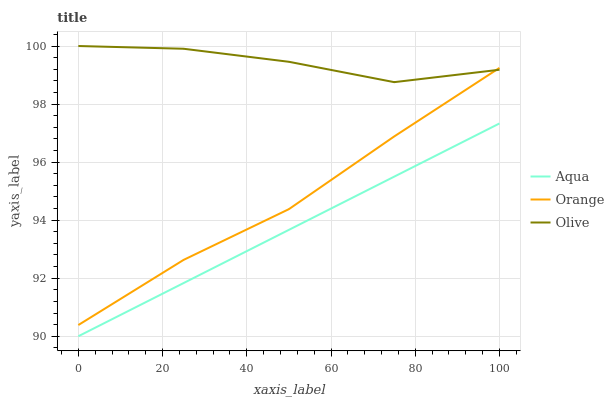
| xaxis_label | Aqua | Orange | Olive |
 | --- | --- | --- | --- |
 | 0 | 90 | 90.4 | 100 |
 | 25 | 91.8 | 92.6 | 99.9 |
 | 50 | 93.7 | 94.4 | 99.5 |
 | 75 | 95.5 | 96.9 | 98.8 |
 | 100 | 97.3 | 99.2 | 99.2 |